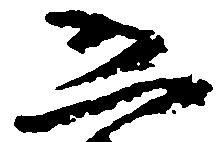
恐